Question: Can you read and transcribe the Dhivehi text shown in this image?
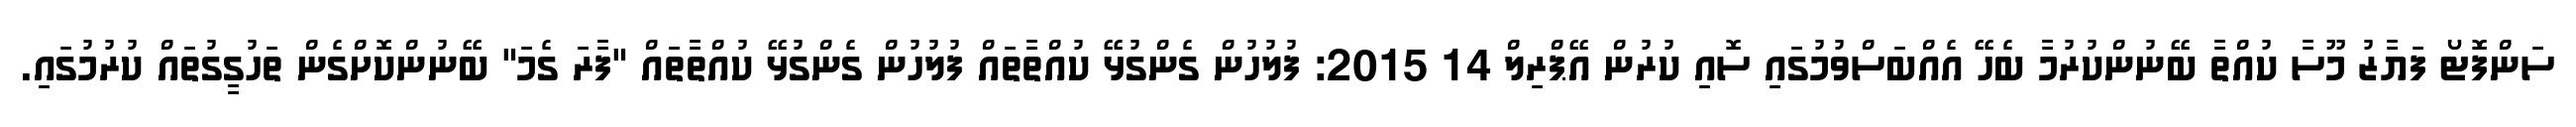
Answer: ސަންފޮޓޯ ފަޔާޒު މޫސާ ކުއްތާ ބޭނުންކުރުމާ ބެހޭ އެއްބަސްވުމުގައި ސޮއި ކުރުން އޭޕްރިލް 14 2015: ފުލުހުން ގެންގުޅޭ ކުއްތާތައް ފުލުހުން ގެންގުޅޭ ކުއްތާތައް "ފާރަ ގެމަ" ބޭނުންކޮށްގެން ތަހުގީގުތައް ކުރުމުގައި.